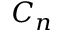
C _ { n }